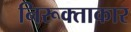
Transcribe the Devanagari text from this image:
निरूक्ताकार